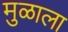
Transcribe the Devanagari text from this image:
मुळाला